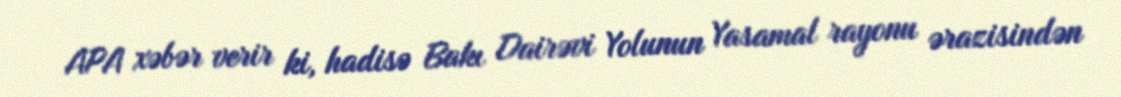
APA xəbər verir ki, hadisə Bakı Dairəvi Yolunun Yasamal rayonu ərazisindən